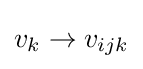
v_{k}\rightarrow v_{ijk}